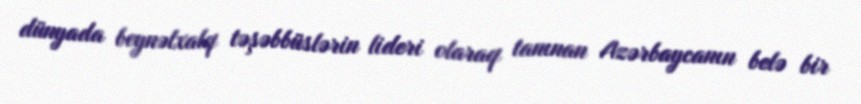
dünyada beynəlxalq təşəbbüslərin lideri olaraq tanınan Azərbaycanın belə bir